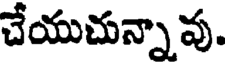
చేయుచున్నావు.